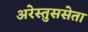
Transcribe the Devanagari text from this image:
अरेस्तुससेता